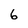
Character: 6